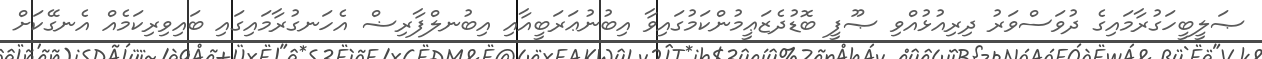
ޞަލީބީހަގުރާމައިގެ ދުވަސްވަރު ދިރިއުޅުއްވި ޞޫފީ ބޮޑުދެޒަޢީމުންކަމުގައިވާ އިބުނުޢަރަބީއާއި އިބުނލްފާރިޟް އެހަނގުރާމައިގައި ބައިވިރިކަމެއް އެނގޭކަށް